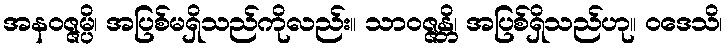
အနဝဇ္ဇမ္ပိ၊ အပြစ်မရှိသည်ကိုလည်း။ သာဝဇ္ဇန္တိ၊ အပြစ်ရှိသည်ဟု။ ဝဒေသိ၊